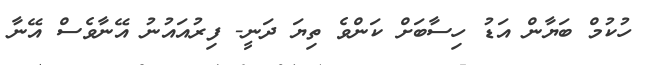
ހުކުމް ބަޔާން އަޑު ހިސާބަށް ކަންވެ ތިޔަ ދަނީ- ފިރުއައުނު އޭނާވެސް އޭނާ